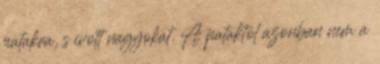
patakra, s ivott nagyokat. A pataktól azonban nem a